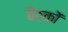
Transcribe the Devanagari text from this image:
बैठकाें